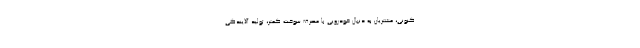
کنونی، مشتریان به دنبال خودرویی با مصرف سوخت کمتر، تولید آلایندگی